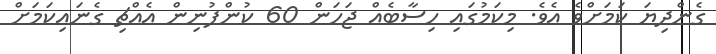
ގެންދިޔަ ކަމަށްވެ އެވެ. މިކަމުގައި ހިސާބެއް ޖަހަން 60 ކުންފުނިން އެއްޗި ގެނައިކަމަށް